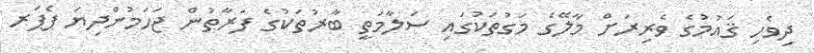
ދިވެހި ޤައުމުގެ ވެރިރަށް މާލޭގެ މަގުތަކުގައި ސަލާމަތީ ބާރުތަކުގެ ފަރާތުން ޖަހަމުންދިޔަ ޕެޕަރ